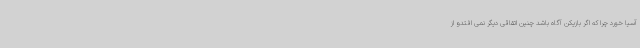
آسیا خورد چرا که اگر بازیکن آگاه باشد چنین اتقاقی دیگر نمی افتدو از